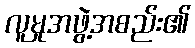
လူမှုအဖွဲ့အစည်း၏